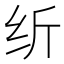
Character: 𱺓